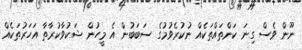
ނޫން ވެސް ގިނަ ކަންތައްތަކެއް ނުކުރެވުމުގެ ސަބަބުން އެ މީހުން ޝަކުވާކުރާތާ އަހަރުތަކެއް